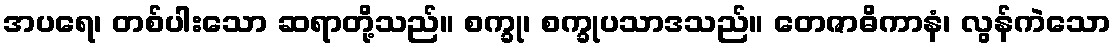
အပရေ၊ တစ်ပါးသော ဆရာတို့သည်။ စက္ခု၊ စက္ခုပသာဒသည်။ တေဇာဓိကာနံ၊ လွန်ကဲသော